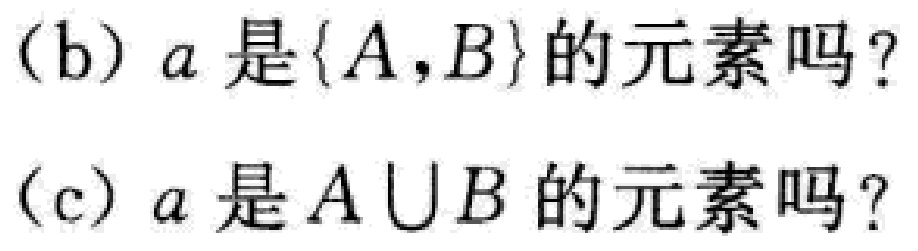
(b) \(a\)是\(\{A,B\}\)的元素吗？

(c) \(a\)是\(A\cup B\)的元素吗？